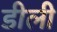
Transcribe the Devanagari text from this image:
डीली